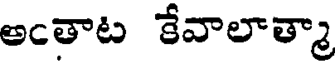
అఁతాట కేవాలాత్మా